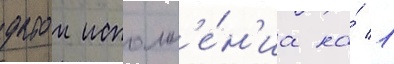
датои исполн'е́н'иа на́ 1